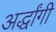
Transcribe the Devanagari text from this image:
अर्द्धांगी